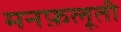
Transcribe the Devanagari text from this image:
मनफ़लूती